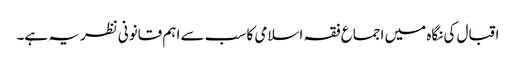
اقبال کی نگاہ میں اجماع فقہ اسلامی کا سب سے اہم قانونی نظریہ ہے۔